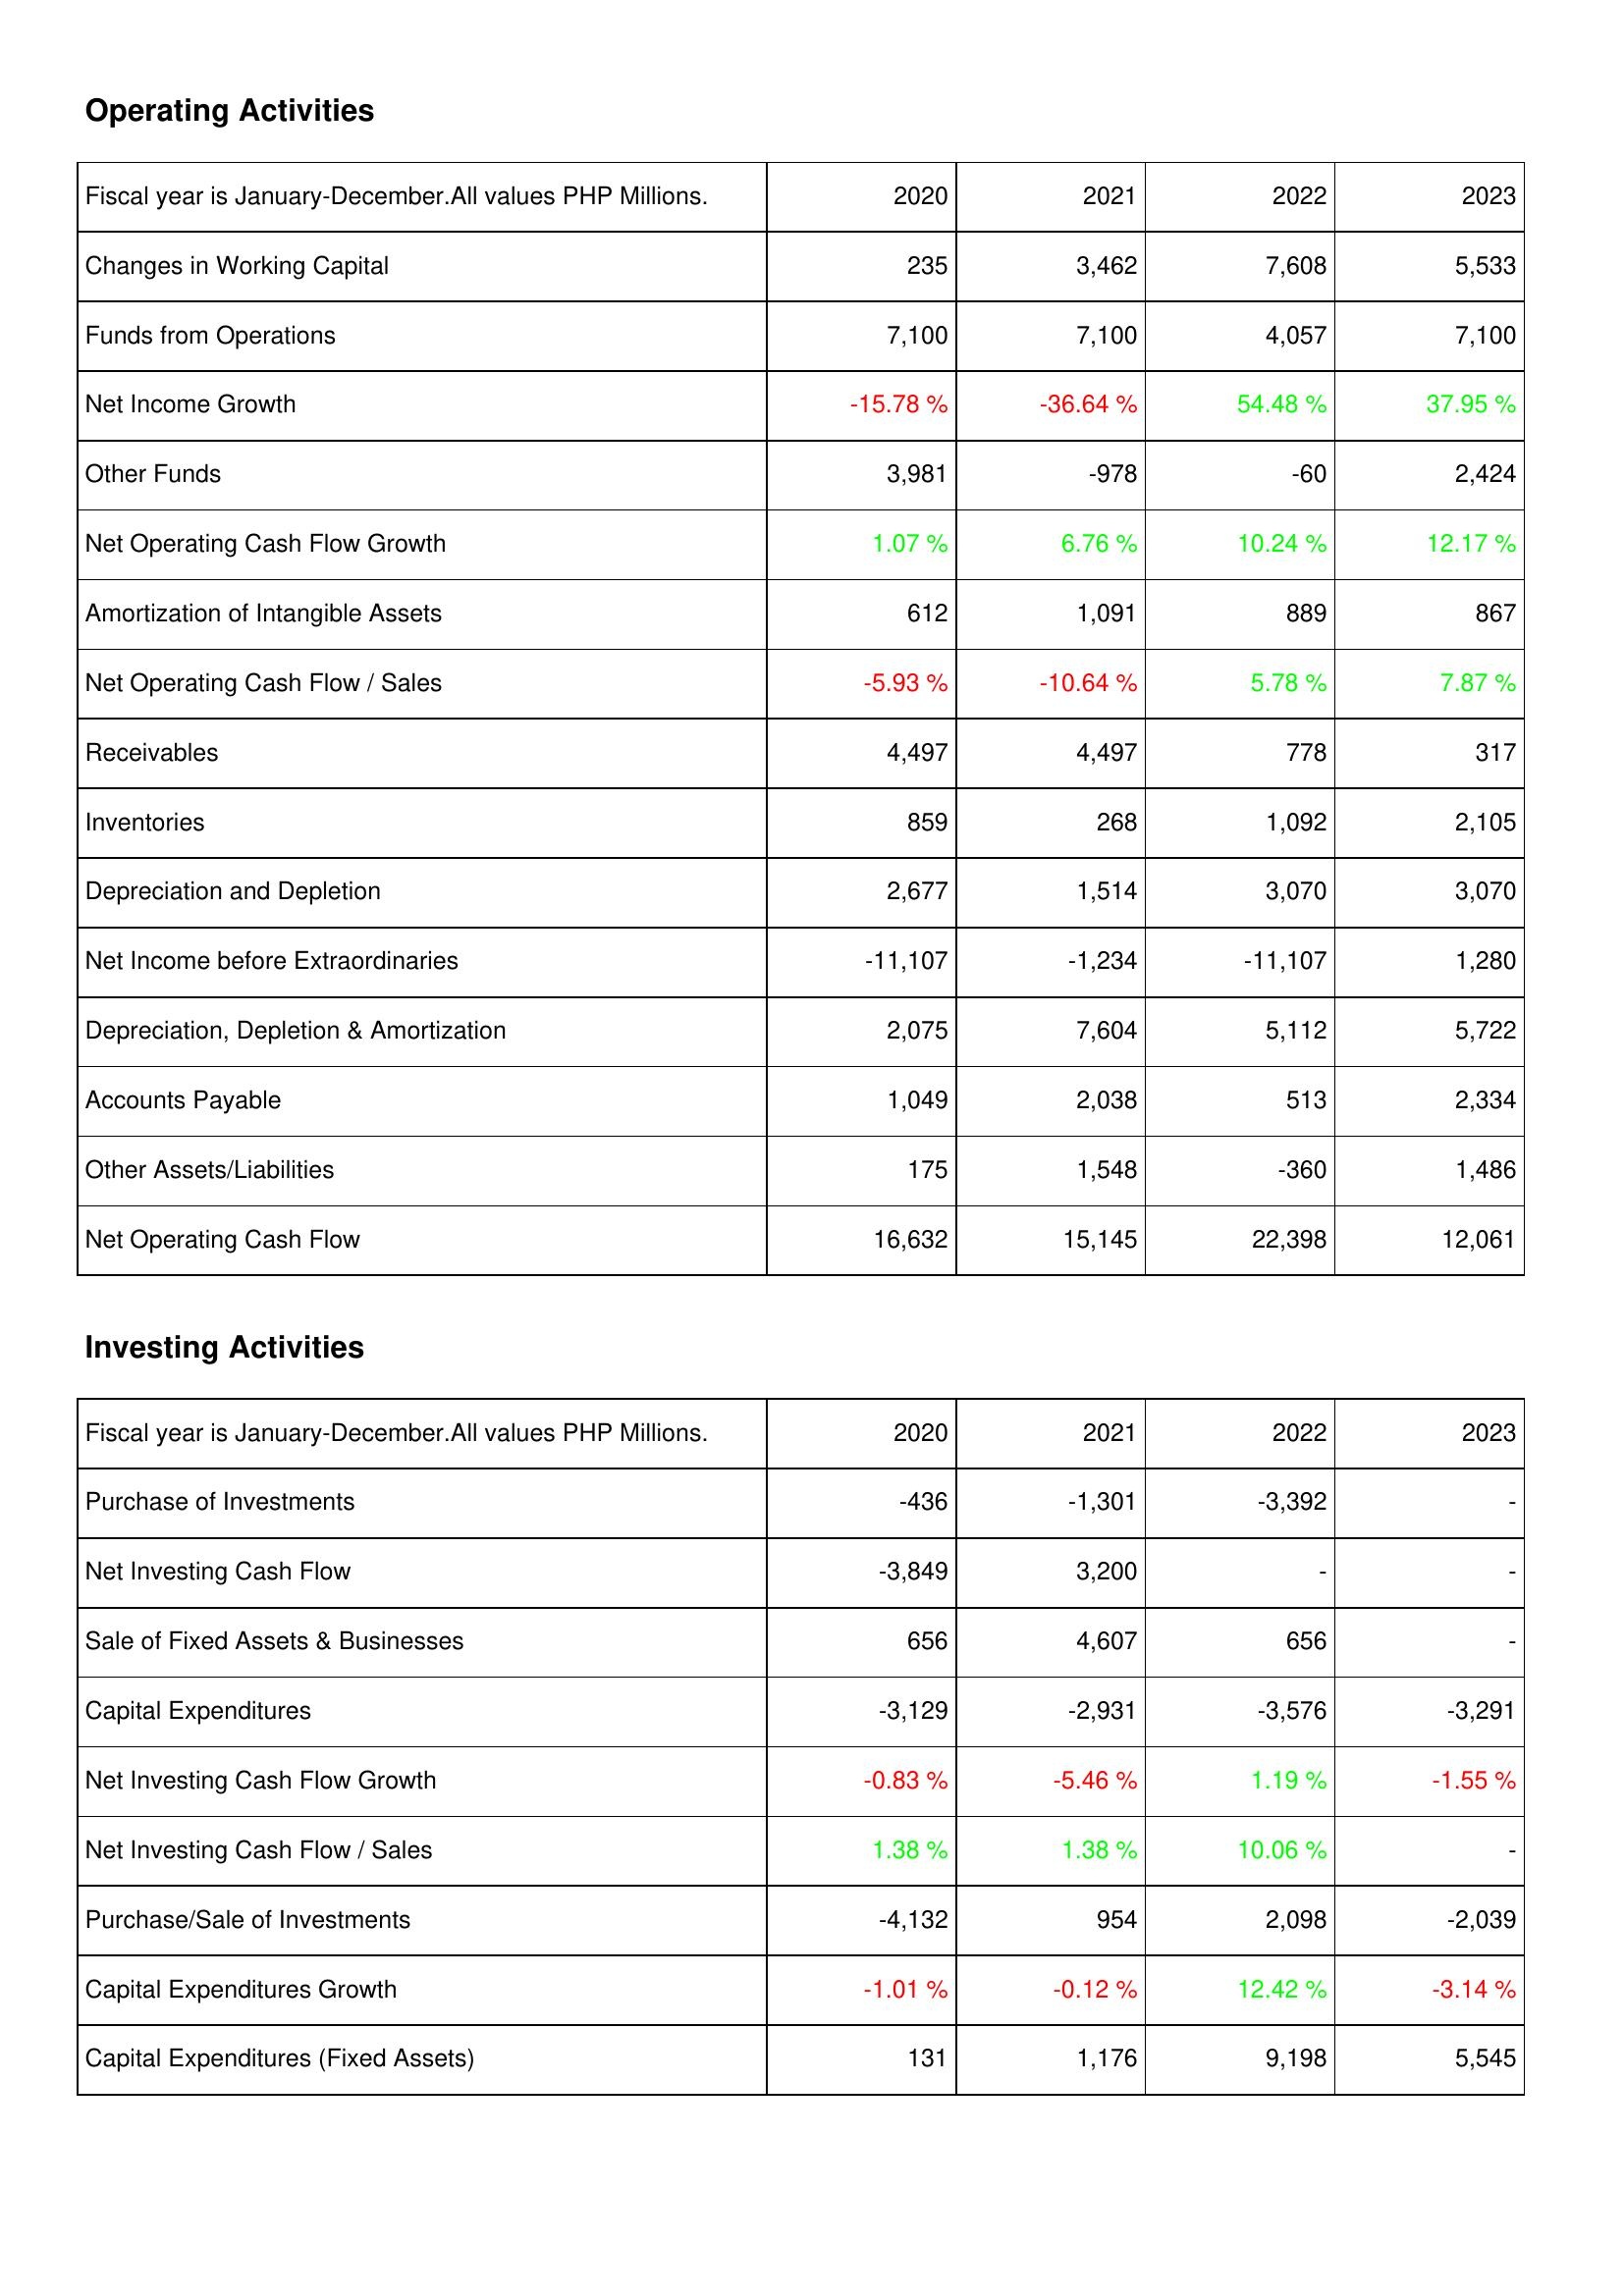
2020: Operating Activities: Changes in Working Capital: 235
Funds from Operations: 7,100
Net Income Growth: -15.78 %
Other Funds: 3,981
Net Operating Cash Flow Growth: 1.07 %
Amortization of Intangible Assets: 612
Net Operating Cash Flow / Sales: -5.93 %
Receivables: 4,497
Inventories: 859
Depreciation and Depletion: 2,677
Net Income before Extraordinaries: -11,107
Depreciation, Depletion & Amortization: 2,075
Accounts Payable: 1,049
Other Assets/Liabilities: 175
Net Operating Cash Flow: 16,632
Investing Activities: Purchase of Investments: -436
Net Investing Cash Flow: -3,849
Sale of Fixed Assets & Businesses: 656
Capital Expenditures: -3,129
Net Investing Cash Flow Growth: -0.83 %
Net Investing Cash Flow / Sales: 1.38 %
Purchase/Sale of Investments: -4,132
Capital Expenditures Growth: -1.01 %
Capital Expenditures (Fixed Assets): 131
2021: Operating Activities: Changes in Working Capital: 3,462
Funds from Operations: 7,100
Net Income Growth: -36.64 %
Other Funds: -978
Net Operating Cash Flow Growth: 6.76 %
Amortization of Intangible Assets: 1,091
Net Operating Cash Flow / Sales: -10.64 %
Receivables: 4,497
Inventories: 268
Depreciation and Depletion: 1,514
Net Income before Extraordinaries: -1,234
Depreciation, Depletion & Amortization: 7,604
Accounts Payable: 2,038
Other Assets/Liabilities: 1,548
Net Operating Cash Flow: 15,145
Investing Activities: Purchase of Investments: -1,301
Net Investing Cash Flow: 3,200
Sale of Fixed Assets & Businesses: 4,607
Capital Expenditures: -2,931
Net Investing Cash Flow Growth: -5.46 %
Net Investing Cash Flow / Sales: 1.38 %
Purchase/Sale of Investments: 954
Capital Expenditures Growth: -0.12 %
Capital Expenditures (Fixed Assets): 1,176
2022: Operating Activities: Changes in Working Capital: 7,608
Funds from Operations: 4,057
Net Income Growth: 54.48 %
Other Funds: -60
Net Operating Cash Flow Growth: 10.24 %
Amortization of Intangible Assets: 889
Net Operating Cash Flow / Sales: 5.78 %
Receivables: 778
Inventories: 1,092
Depreciation and Depletion: 3,070
Net Income before Extraordinaries: -11,107
Depreciation, Depletion & Amortization: 5,112
Accounts Payable: 513
Other Assets/Liabilities: -360
Net Operating Cash Flow: 22,398
Investing Activities: Purchase of Investments: -3,392
Net Investing Cash Flow: -
Sale of Fixed Assets & Businesses: 656
Capital Expenditures: -3,576
Net Investing Cash Flow Growth: 1.19 %
Net Investing Cash Flow / Sales: 10.06 %
Purchase/Sale of Investments: 2,098
Capital Expenditures Growth: 12.42 %
Capital Expenditures (Fixed Assets): 9,198
2023: Operating Activities: Changes in Working Capital: 5,533
Funds from Operations: 7,100
Net Income Growth: 37.95 %
Other Funds: 2,424
Net Operating Cash Flow Growth: 12.17 %
Amortization of Intangible Assets: 867
Net Operating Cash Flow / Sales: 7.87 %
Receivables: 317
Inventories: 2,105
Depreciation and Depletion: 3,070
Net Income before Extraordinaries: 1,280
Depreciation, Depletion & Amortization: 5,722
Accounts Payable: 2,334
Other Assets/Liabilities: 1,486
Net Operating Cash Flow: 12,061
Investing Activities: Purchase of Investments: -
Net Investing Cash Flow: -
Sale of Fixed Assets & Businesses: -
Capital Expenditures: -3,291
Net Investing Cash Flow Growth: -1.55 %
Net Investing Cash Flow / Sales: -
Purchase/Sale of Investments: -2,039
Capital Expenditures Growth: -3.14 %
Capital Expenditures (Fixed Assets): 5,545